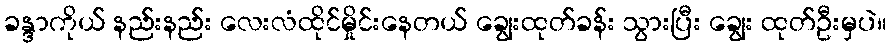
ခန္ဒာကိုယ် နည်းနည်း လေးလံထိုင်မှိုင်းနေတယ် ချွေးထုတ်ခန်း သွားပြီး ချွေး ထုတ်ဦးမှပဲ။